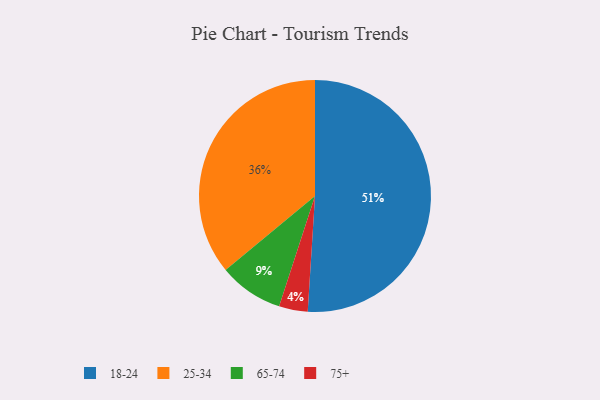
{"axis": {"x": "Category", "y": "Percentage"}, "legend": ["18-24", "25-34", "65-74", "75+"], "data": [{"x": "75+", "y": 4, "type": "75+"}, {"x": "25-34", "y": 36, "type": "25-34"}, {"x": "18-24", "y": 51, "type": "18-24"}, {"x": "65-74", "y": 9, "type": "65-74"}]}